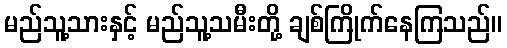
မည်သူ့သားနှင့် မည်သူ့သမီးတို့ ချစ်ကြိုက်နေကြသည်။